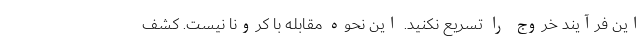
این فرآیند خروج را تسریع نکنید. این نحوه مقابله با کرونا نیست. کشف